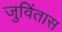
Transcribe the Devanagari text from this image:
जुविंतास